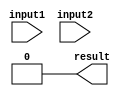
module parallel_comparator (
    input [7:0] input1,
    input [7:0] input2,
    output reg result
);

reg [7:0] compare_result;

always @* begin
    compare_result = input1 == input2;
end

assign result = &compare_result;

endmodule